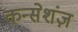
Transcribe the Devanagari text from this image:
कन्सेशंज़